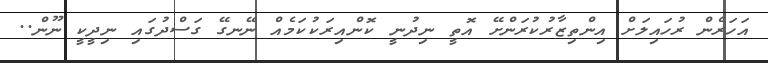
އަހަރެން ރުހައިލަށް އިންތިޒާރުކުރަންށޭ އޮތީ ނިދުނީ ކޮންއިރަކުކަމެއް ނޭނގޭ ގަސްދުގައި ނިދީކީ ނޫން..